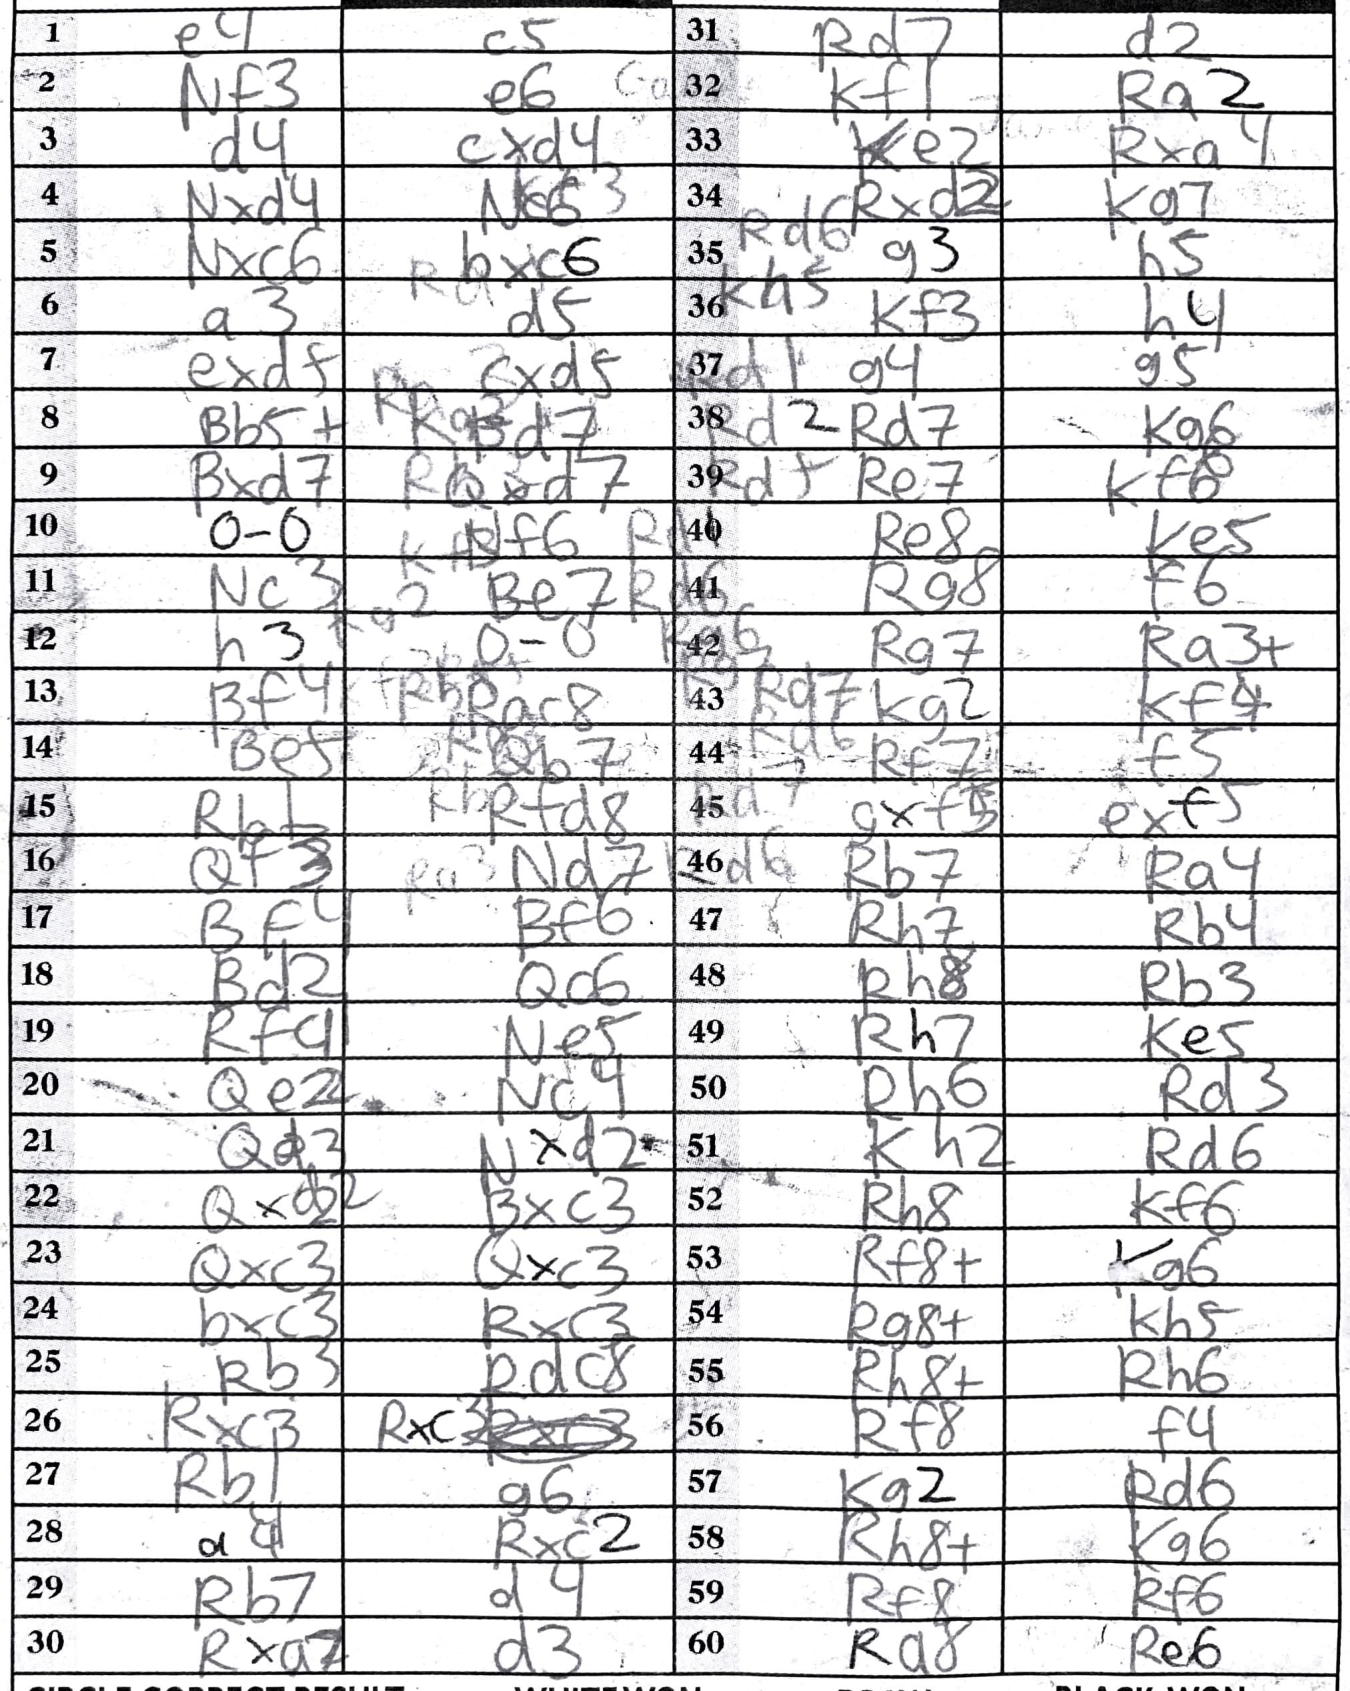
Moves: e4 c5 Nf3 e6 d4 cxd4 Nxd4 Nc6 Nxc6 bxc6 a3 df exdf cxd5 Bb5+ Bxd7 Qxd7 O-O Nf6 Nc3 Be7 h3 O-O Bf4 Rac8 Be+ Qb7 Rb1 Rfd8 Qf3 Nd7 Bf4 Bf6 Bd2 Qa6 Rf4 Ne5 Qe2 Nc4 Qd3 Nxd2 Qxd2 Bxc3 Qxc3 Qxc3 bxc3 Rxc3 Rb3 Rdc8 Rxc3 Rxc3 Rb1 g6 a4 Rxc2 Rb7 d4 Rxa7 d3 Rd7 d2 Kf1 Ra2 Ke2 Rxa4 Rxd2 Kg7 h5 h4 g5 Kg6 Kf6 Re8 Ke5 Rg8 f6 Rg7 Ra3+ Kf4 f5 exf5 Ra4 Rh7 Rb4 Rh8 Rb3 Rh7 Ke5 Rh6 Rd3 Kh2 Rd6 Rh8 Kf6 Rf8+ Kg6 Rg8+ Khf Rh8+ Rh6 Rf8 f4 Kg2 Rd6 Rh8+ Kg6 Rf8 Rf6 Ra8 Re6